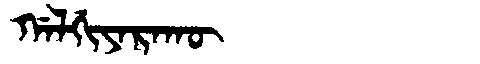
Manchu: ᡤᠠᠯᡤᡳᠶᠠᡵᠠᡴᡡ
Romanization: GALGIYARAKŪ